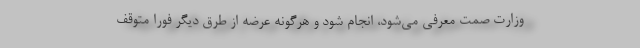
وزارت صمت معرفی می‌شود، انجام شود و هرگونه عرضه از طرق دیگر فورا متوقف